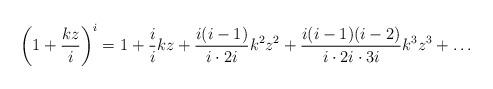
LaTeX: \begin{align*}\left(1+\frac{kz}{i}\right)^i=1+\frac{i}{i} kz + \frac{i(i-1)}{i\cdot2i} k^2z^2 + \frac{i(i-1)(i-2)}{i\cdot 2i\cdot 3i} k^3z^3 + \ldots\end{align*}